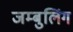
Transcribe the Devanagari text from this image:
जम्बुलिंग